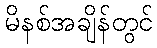
မိနစ်အချိန်တွင်